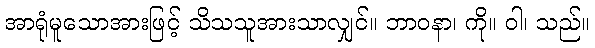
အာရုံမူသောအားဖြင့် သိသသူအားသာလျှင်။ ဘာဝနာ၊ ကို။ ဝါ၊ သည်။